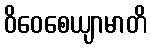
ဝိဝေစေယျာမာတိ